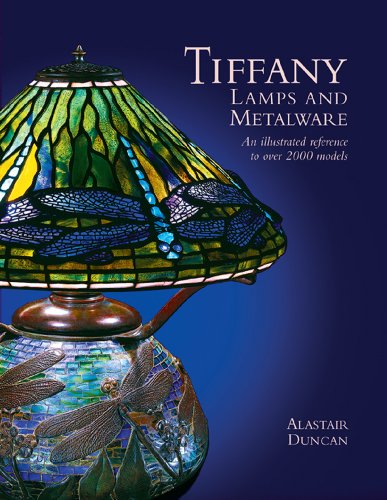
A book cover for Tiffany Lamps and Metalware: An Illustrated Reference to Over 2000 Models; Alastair Duncan; Crafts, Hobbies & Home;